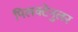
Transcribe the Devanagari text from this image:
पिलक्टेनुलर